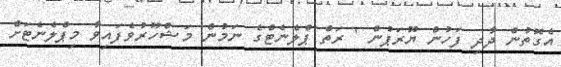
އެގޮތުން ދާދި ފަހުން ޔޫރަޕުން ' ރަތް ޕްލެނެޓްގެ ނަމުން މަޝްހޫރުވެފައިވާ މިޕްލެނެޓަށް